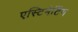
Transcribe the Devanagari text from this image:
एस्टिमेटिंग